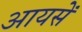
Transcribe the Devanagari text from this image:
आयसें